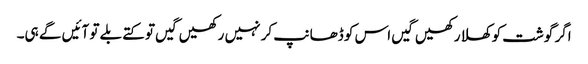
اگر گوشت کو کھلا رکھیں گیں اس کو ڈھانپ کر نہیں رکھیں گیں تو کتے بلے تو آئیں گے ہی۔